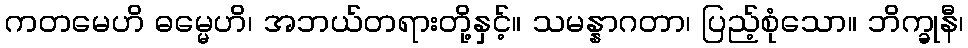
ကတမေဟိ ဓမ္မေဟိ၊ အဘယ်တရားတို့နှင့်။ သမန္နာဂတာ၊ ပြည့်စုံသော။ ဘိက္ခုနီ၊